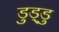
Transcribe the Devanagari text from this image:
डुड्डु